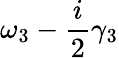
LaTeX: \omega_{3}-\frac{i}{2}\gamma_{3}